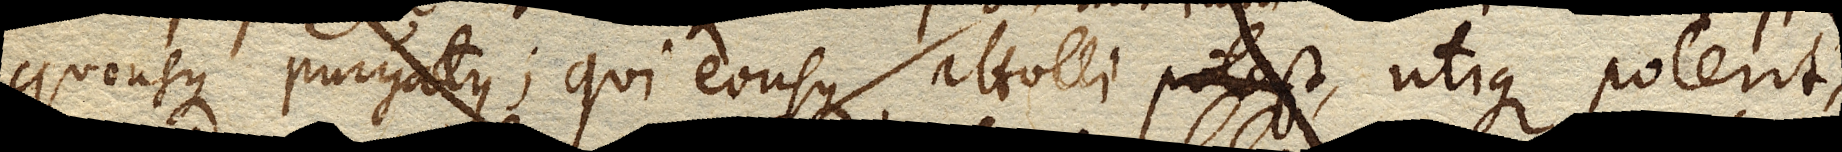
quousque purgatus; qui eousque attolli potest utique poterit,